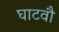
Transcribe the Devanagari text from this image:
घाटवौ